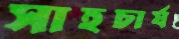
সাহচার্য